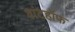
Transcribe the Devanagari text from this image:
वांटहॉफ